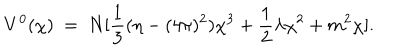
V ^ { 0 } ( \chi ) ~ = ~ N [ { \frac { 1 } { 3 } } ( { \eta - ( 4 \pi ) ^ { 2 } } ) \chi ^ { 3 } + { \frac { 1 } { 2 } } \lambda \chi ^ { 2 } + m ^ { 2 } \chi ] .